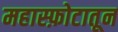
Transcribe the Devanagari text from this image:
महास्फ़ोटातून